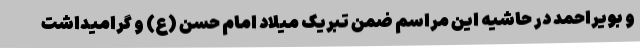
و بویراحمد در حاشیه این مراسم ضمن تبریک میلاد امام حسن (ع) و گرامیداشت